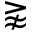
\gnapprox